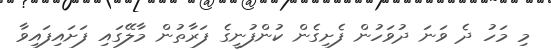
މި މަހު ދެ ވަނަ ދުވަހުން ފެށިގެން ކުންފުނީގެ ފަރާތުން މާލޭގައި ފަށައިފައިވާ